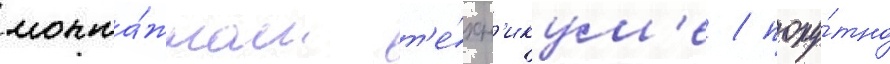
монта́жном т'е́хн'икум'е / попу́тно